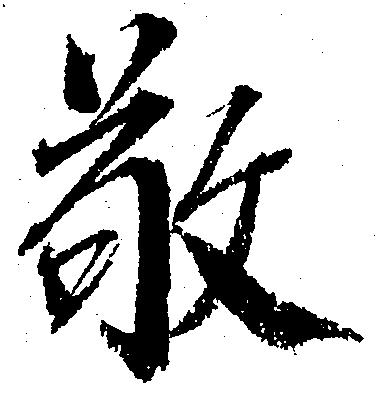
敬